Civil Veterinary Dept. Assam report 1927-50 - 1927-1950
Year: 1927
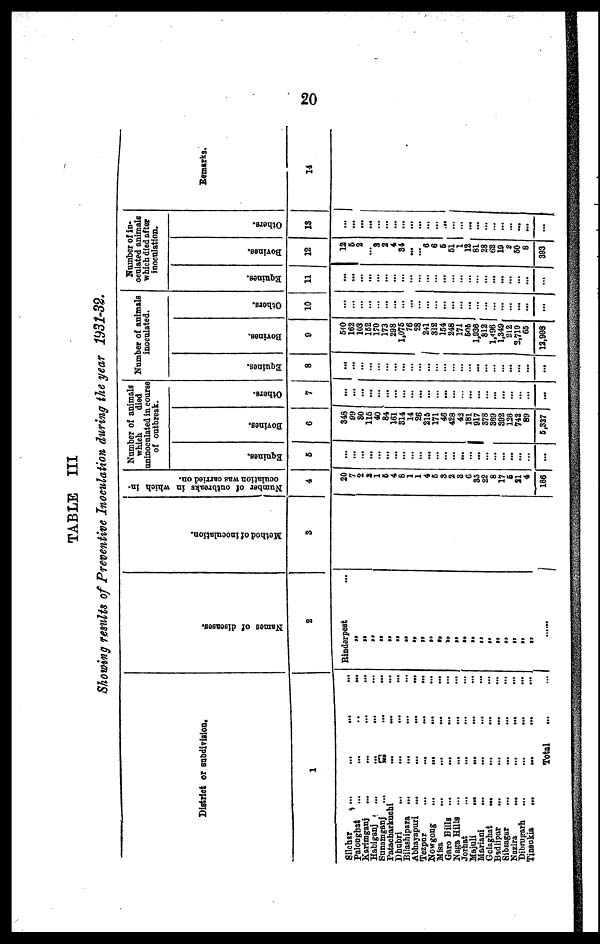
20
TABLE III
Showing results of Preventive Inoculation during the year 1931-39.
District or subdivision,
1
Silchar ... ... ... ...
Palonghat ... ... ... ...
Karimganj ... ... ... ...
Habiganj ... ... ... ...
Sunnmganj ... ... ... ...
Patacharkuchi
...
...
...
...
Dhubri ... ... ... ...
Bilashipara ... .... ...
...
Abhayapuri ...
...
...
...
Tezpur
...
...
...
...
Nowgong
...
... ... ...
Misa
...
... ... ...
Garo Dills ... ... ... ...
Naga Hills ... ... ... ...
Jorhat ... ... ... ...
Majuli
...
... ... ...
Hariani ... ... ... ...
Golaghat
...
... ... ...
Badlipur ... ... ... ...
Sibsagar ... ... ... ...
Nazira
...
...
... ...
Dibrugarh
...
...
... ...
Tinsokia
...
...
... ...
Total ... ...
Names of diseases.
2
Rinderpest
Method of Inoculation.
3
Number of outbreaks in which in-
oculation was carried on.
4
20
7
2
2 1
5
4
8
1
1
4
6
3
2
3
6
35
22
8
17
6
31
4
186
Num
whi
uninoc
of
ber of an
ch
ulated in
outbrea
imal8
lied
course
.
Equines.
5
...
…
…
…
…
…
...
…
...
…
…
…
…
…
…
…
…
… … … … …
…
Bovines.
6
348
99
30
116
40
84
161
314
14
26
216
171
46
428
42
181
917
378
319
392
126
742
89
6,837
Others.
7
...
…
…
…
…
…
…
… …
…
…
...
…
…
…
…
…
… … … … … …
...
Num
ber of an
inoculate
animals
d.
Equines.
8
...
…
…
…
…
…
…
…
...
…
…
…
…
…
…
…
…
…
…
…
…
…
…
...
Bovines.
9
540
162
163
152
170
173
298
1,078
76
28
241
312
164
248
171
60ft
1,936
812
1,496
1,349
212
2,710
65
12,998
Others.
10
…
…
…
…
…
…
…
…
...
…
…
…
...
…
…
…
…
…
… … … … …
…
Nu
ocul
whi
in
mbero
ated and
chdled
oeulati
in-
animal
after
on.
Equines.
11
...
…
…
…
…
…
…
...
…
...
...
...
...
…
…
…
…
… … … … … …
…
Borines.
12
12
6
2
… 3 3
4
34
…
... 6
6
5
51
12
81
28
62
19
2
60
8
393
Others.
13
...
…
…
…
…
…
…
...
…
...
…
…
…
…
…
…
… … … … … … …
…
Remarks.
14